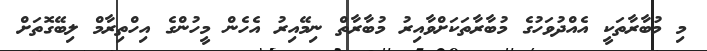
މި މުބާރާތަކީ އެއްދުވަހުގެ މުބާރާތަކަށްވާއިރު މުބާރާތް ނިމޭއިރު އެހެން މީހުންގެ އިހްތިރާމް ލިބޭގޮތަށް